Scientific memoirs by medical officers of the Army of India - Part XII,
Year: 1901
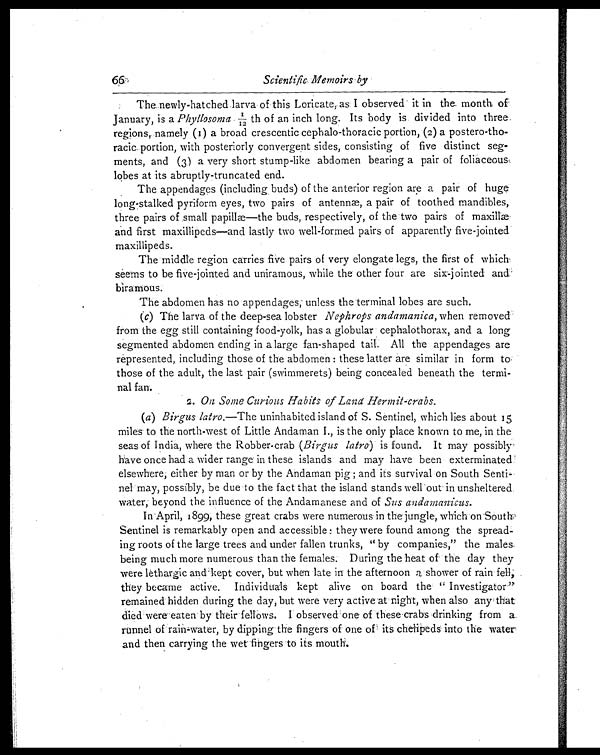
66
Scientific Memoirs by
The newly-hatched larva of this Loricate, as I observed it in the month of
January, is a Phyllosoma 1/12th of an inch long. Its body is divided into three
regions, namely (1) a broad crescentic cephalo-thoracic portion, (2) a
postero-horacic portion, with posteriorly convergent sides, consisting of five distinct seg-
ments, and (3) a very short stump-like abdomen bearing a pair of foliaceous,
lobes at its abruptly-truncated end.
The appendages (including buds) of the anterior region are a pair of huge
long-stalked pyriform eyes, two pairs of antennæ, a pair of toothed mandibles,
three pairs of small papillæ—the buds, respectively, of the two pairs of maxillæ
and first maxillipeds—and lastly two well-formed pairs of apparently five-jointed
maxillipeds.
The middle region carries five pairs of very elongate legs, the first of which
seems to be five-jointed and uniramous, while the other four are six-jointed and
biramous.
The abdomen has no appendages, unless the terminal lobes are such.
(c) The larva of the deep-sea lobster Nephrops andamanica, when removed
from the egg still containing food-yolk, has a globular cephalothorax, and a long
segmented abdomen ending in a large fan-shaped tail. All the appendages are
represented, including those of the abdomen : these latter are similar in form to
those of the adult, the last pair (swimmerets) being concealed beneath the termi-
nal fan.
2. On Some Curious Habits of Land Hermit-crabs.
(a) Birgus latro.—The uninhabited island of S. Sentinel, which lies about 15
miles to the north-west of Little Andaman I., is the only place known to me, in the
seas of India, where the Robber-crab (Birgus latro) is found. It may possibly
have once had a wider range in these islands and may have been exterminated
elsewhere; either by man or by the Andaman pig ; and its survival on South Senti
el may, possibly, be due to the fact that the island stands wellout in unsheltered
water, beyond the influence of the Andamanese and of Sus andamanicus.
In April, 1899, these great crabs were numerous in the jungle, which on South.
Sentinel is remarkably open and accessible : they were found among the spread-
ing roots of the large trees and under fallen trunks, " by companies," the males
being much more numerous than the females. During the heat of the day they
were lethargic and kept cover, but when late in the afternoon a shower of rain fell;
they became active. Individuals kept alive on board the " Investigator"
remained hidden during the day, but were very active at night, when also any that
died were eaten by their fellows. I observed one of these crabs drinking from a
runnel of rain-water, by clipping the fingers of one of its chelipeds into the water
and then carrying the wet. fingers to its mouth.